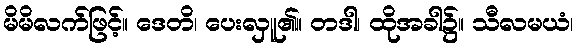
မိမိလက်ဖြင့်။ ဒေတိ၊ ပေးလှူ၏။ တဒါ၊ ထိုအခါ၌။ သီလမယံ၊